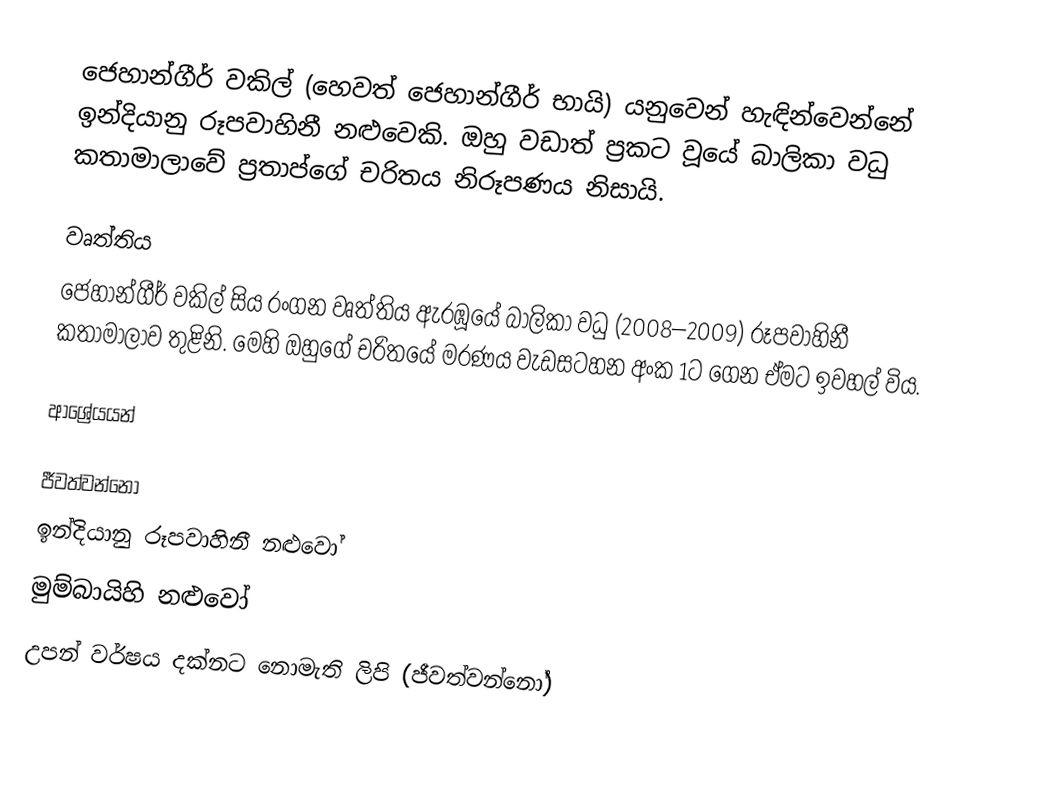
ජෙහාන්ගීර් වකිල් (හෙවත් ජෙහාන්ගීර් භායි) යනුවෙන් හැඳින්වෙන්නේ ඉන්දියානු රූපවාහිනී නළුවෙකි. ඔහු වඩාත් ප්‍රකට වූයේ බාලිකා වධු කතාමාලාවේ ප්‍රතාප්ගේ චරිතය නිරූපණය නිසායි.

වෘත්තිය
ජෙහාන්ගීර් වකිල් සිය රංගන වෘත්තිය ඇරඹූයේ බාලිකා වධු (2008–2009) රූපවාහිනී කතාමාලාව තුළිනි. මෙහි ඔහුගේ චරිතයේ මරණය වැඩසටහන අංක 1ට ගෙන ඒමට ඉවහල් විය.

ආශ්‍රේයයන්

ජීවත්වන්නෝ
ඉන්දියානු රූපවාහිනී නළුවෝ
මුම්බායිහි නළුවෝ
උපන් වර්ෂය දක්නට නොමැති ලිපි (ජීවත්වන්නෝ)